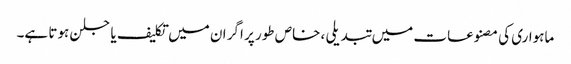
ماہواری کی مصنوعات میں تبدیلی ، خاص طور پر اگر ان میں تکلیف یا جلن ہوتا ہے۔